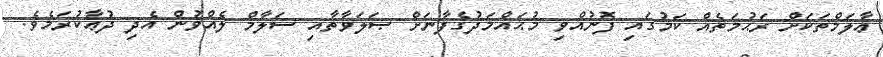
ޢާލަމްތަކަށް ރަޙުމަތެއް ކަމުގައި ފޮނުއްވި މުޙައްމަދުގެފާނަށް ޞަލަވާތާއި ސަލާމް ލެއްވުން އެދި ދުޢާކުރަމެވެ.